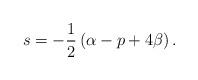
LaTeX: \begin{align*}s=-\frac 12\left( \alpha -p+4\beta \right) .\end{align*}